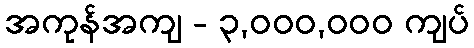
အကုန်အကျ - ၃,၀၀၀,၀၀၀ ကျပ်